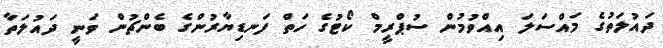
ދައުލަތުގެ މައްސަލަ އިއްވުމުން ސުޕްރީމް ކޯޓުގެ ހަތް ފަނޑިޔާރުންގެ ބެންޗުން ވަނީ ދައުލަތާ